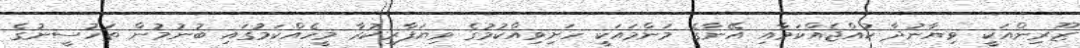
ޒޫރިންއަކީ ވިޔާނުދާ ކުއްޖެއްކަމާއި އޭނާގެ މަންމައަކީ ހަށިވިއްކުމުގެ ވިޔަފާރިކުރާ މީހެއްކަމުގައި ބުނުމުން ތަހުސީނުގެ